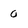
Character: 0